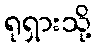
ရုရှားသို့